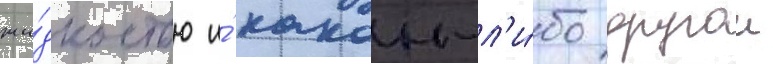
жи́дкостью и́ какои-л'и́бо другои